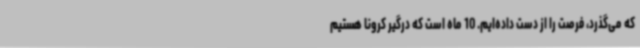
که می‌گذرد، فرصت را از دست داده‌ایم. 10 ماه است که درگیر کرونا هستیم